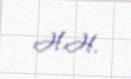
H.H.